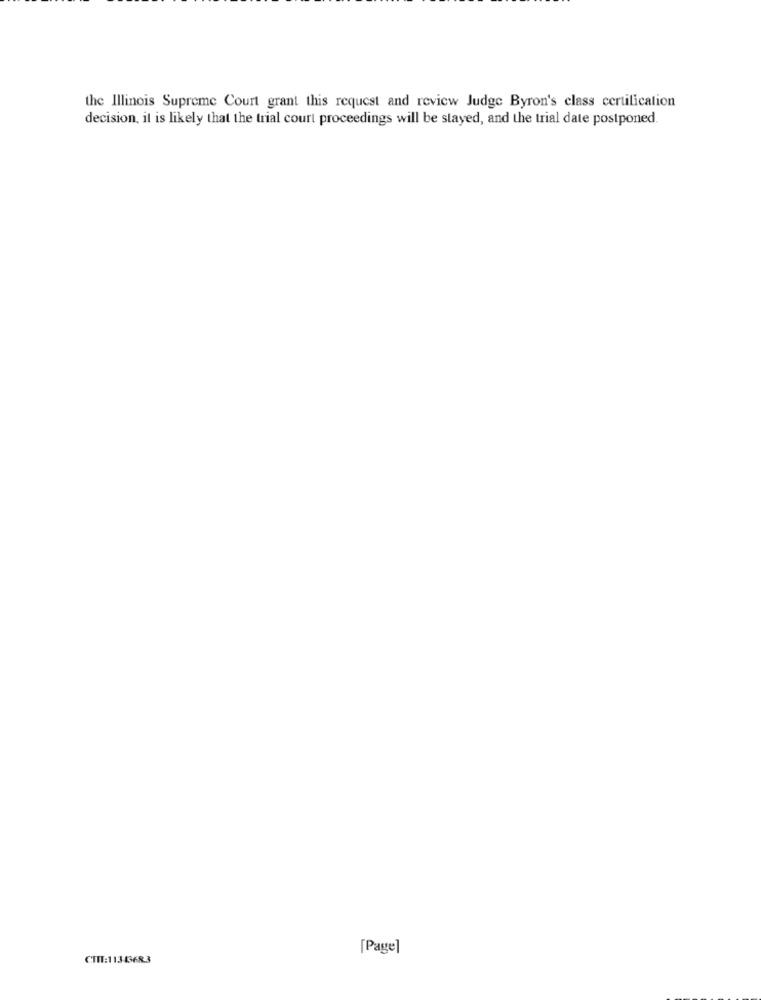
the Illinois Supreme Court grant this request and review Judge Byron's class certification
decision, it is likely that the trial court proceedings will be stayed, and the trial date postponed.
[Page]
CIIT:11343683